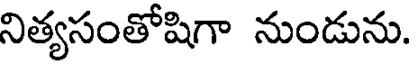
నిత్యసంతోషిగా నుండును.